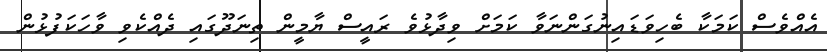
އެއްވެސް ކަމަކާ ބެހިވަޑައިނުގަންނަވާ ކަމަށް ވިދާޅުވެ ރައީސް ޔާމީން ތިނަދޫގައި ދެއްކެވި ވާހަކަފުޅުން